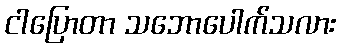
ငါပြောတာ သဘောပေါက်သလား